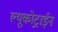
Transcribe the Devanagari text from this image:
ल्यूकोट्राईन